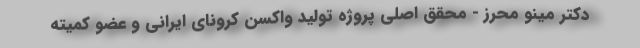
دکتر مینو محرز - محقق اصلی پروژه تولید واکسن کرونای ایرانی و عضو کمیته